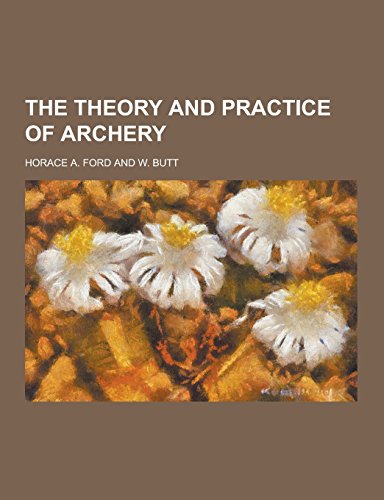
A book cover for The Theory and Practice of Archery; Horace a. Ford; Sports & Outdoors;